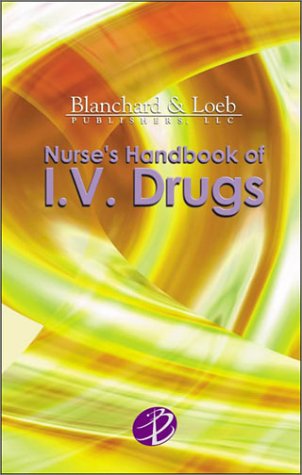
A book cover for Nurse's Handbook of I.V. Drugs; Medical Books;